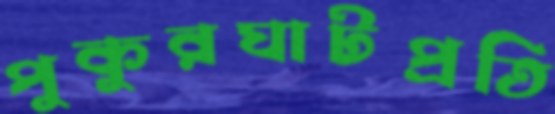
পুকুরঘাটপ্রতি